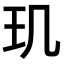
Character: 玑